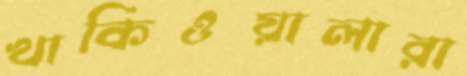
খাকিওয়ালারা